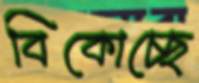
বিকোচ্ছে